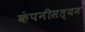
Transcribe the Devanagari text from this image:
कंपनीसत्यम